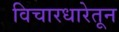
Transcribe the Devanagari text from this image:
विचारधारेतून